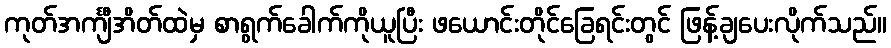
ကုတ်အင်္ကျီအိတ်ထဲမှ စာရွက်ခေါက်ကိုယူပြီး ဖယောင်းတိုင်ခြေရင်းတွင် ဖြန့်ချပေးလိုက်သည်။